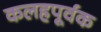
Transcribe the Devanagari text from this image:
कलहपूर्वक